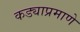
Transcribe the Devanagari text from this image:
कड्याप्रमाणे